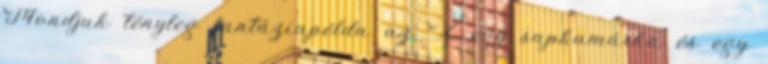
Mondjuk tényleg fantáziapélda az X egy sapkamárka és egy